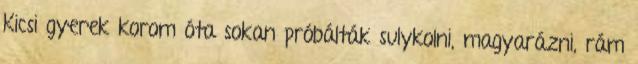
Kicsi gyerek korom óta sokan próbálták sulykolni, magyarázni, rám